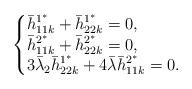
LaTeX: \begin{align*}\begin{cases}\begin{aligned}&\bar h^{1^*}_{11k}+\bar h^{1^*}_{22k}=0, \\&\bar h^{2^*}_{11k}+\bar h^{2^*}_{22k}=0,\\&3\bar \lambda_2\bar h^{1^{\ast}}_{22k}+4\bar \lambda \bar h^{2^{\ast}}_{11k}=0.\end{aligned}\end{cases}\end{align*}